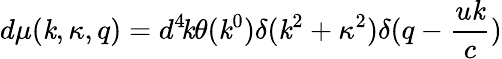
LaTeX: d\mu(\mathit{k},\kappa,q)=d^{4}\! \mathit{k}\theta(\mathit{k}^{0})\delta(\mathit{k}^{2}+\kappa^{2})\delta(q-\frac{{u\mathit{k}}}{{c}})